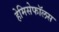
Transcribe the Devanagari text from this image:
हेमिसेफॉलस